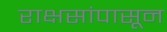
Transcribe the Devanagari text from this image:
राक्षसांपासून